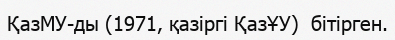
ҚазМУ-ды (1971, қазіргі ҚазҰУ)  бітірген.